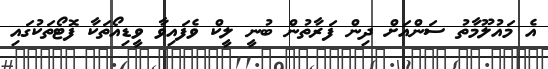
އެ މައުލޫމާތު ސަންއަށް ދިން ފަރާތުން ބުނީ ލީކް ވެފައިވާ ވީޑިއޯތަކާ ފޮޓޯތަކުގައި